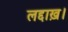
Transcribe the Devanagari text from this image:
लद्दाख़।